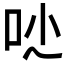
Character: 𠯙